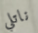
ناتلي